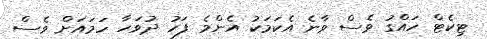
ޓިކެޓް ހައްގު ވެސް ވާނެ އެކަމަކު އެންމެ ފަހު ދުވަހާ ހަމައަށް ވެސް